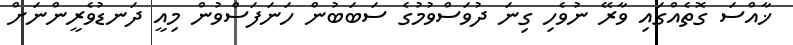
ޚާއްސަ ގޮތެއްގައި ވާރޭ ނުވެހި ގިނަ ދުވަސްވުމުގެ ސަބަބުން ހަނަފަސްވުން މިއީ ދަނޑުވެރީންނަށް